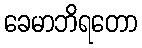
ခေမာဘိရတော